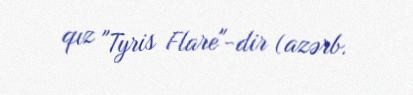
qız "Tyris Flare"-dir (azərb.